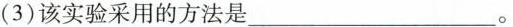
(3)该实验采用的方法是___。